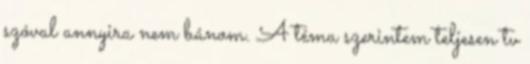
szóval annyira nem bánom. A téma szerintem teljesen tv